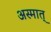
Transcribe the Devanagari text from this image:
अस्मात्‌